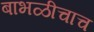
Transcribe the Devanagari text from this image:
बाभळीचाच